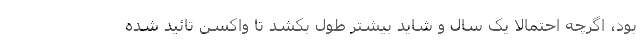
بود، اگرچه احتمالاً یک سال و شاید بیشتر طول بکشد تا واکسن تائید شده